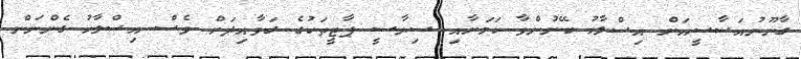
ގާނޫނުއަސާސީއަށް އިސްލާހު ބޭނުންވާ ކަމަށާއި ސިޔާސީ ޕާޓީތަކުގެ ގަވާއިދަށް ވެސް އިސްލާހު ގެންނަން